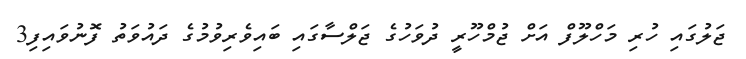
ޖަލުގައި ހުރި މަހްލޫފް އަށް ޖުމްހޫރީ ދުވަހުގެ ޖަލްސާގައި ބައިވެރިވުމުގެ ދައުވަތު ފޮނުވައިފި3